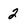
Character: 2